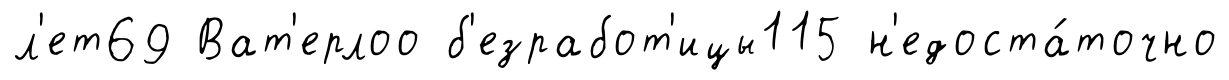
л'ет69 Ват'ерлоо б'езработ'ицы115 н'едоста́точно